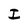
Character: I